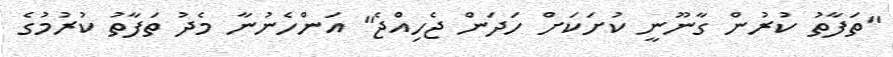
"ތަފާތު ކުރުން ގާނޫނީ ކުށަކަށް ހަދަން ޖެހިއްޖެ" އަންހެނުނާ މެދު ތަފާތު ކުރުމުގެ